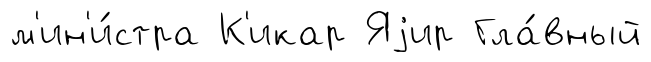
м'ин'и́стра К'икар Яjир Гла́вный